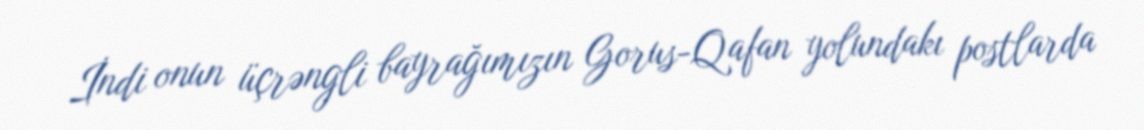
İndi onun üçrəngli bayrağımızın Gorus-Qafan yolundakı postlarda